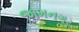
જામનગર